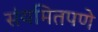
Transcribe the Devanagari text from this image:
संयमितपणे